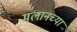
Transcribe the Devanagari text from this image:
मलानच्या